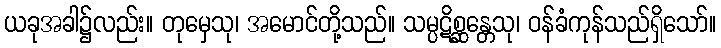
ယခုအခါ၌လည်း။ တုမှေသု၊ အမောင်တို့သည်။ သမ္ပဋိစ္ဆန္တေသု၊ ဝန်ခံကုန်သည်ရှိသော်။